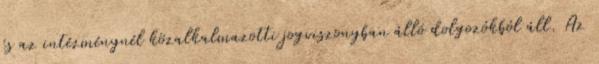
és az intézménynél közalkalmazotti jogviszonyban álló dolgozókból áll. Az